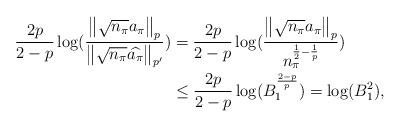
LaTeX: \begin{align*}\frac{2p}{2-p}\log(\frac{\left \|\sqrt{n_{\pi}}a_{\pi}\right \|_p}{\left \|\sqrt{n_{\pi}}\widehat{a_{\pi}}\right \|_{p'}})&=\frac{2p}{2-p}\log(\frac{\left \|\sqrt{n_{\pi}}a_{\pi}\right \|_p}{n_{\pi}^{\frac{1}{2}-\frac{1}{p}}})\\&\leq \frac{2p}{2-p}\log(B_1^{\frac{2-p}{p}} )=\log(B_1^2),\end{align*}